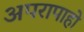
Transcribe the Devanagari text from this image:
अपरापाहो